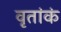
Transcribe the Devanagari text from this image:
वृतांकं